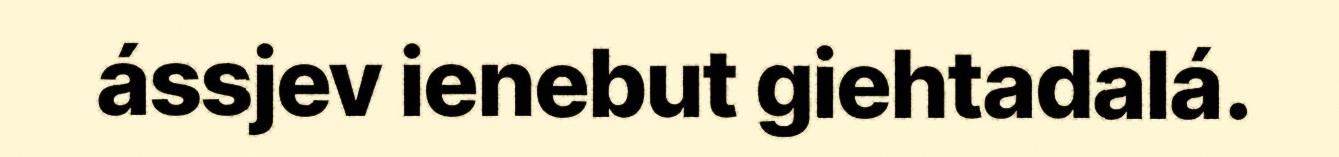
ássjev ienebut giehtadalá.